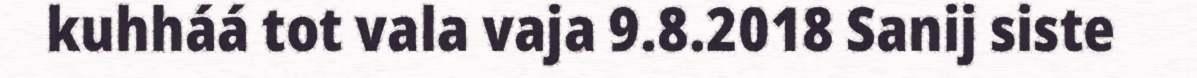
kuhháá tot vala vaja 9.8.2018 Sanij siste